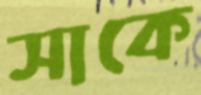
সাকে